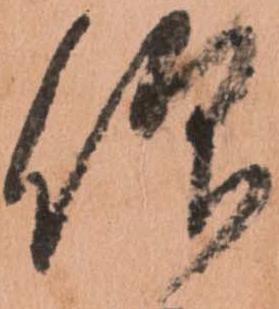
仰